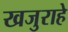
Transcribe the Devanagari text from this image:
खजुराहे